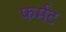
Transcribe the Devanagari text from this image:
फर्मट